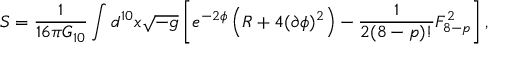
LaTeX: S = \frac { 1 } { 1 6 \pi G _ { 1 0 } } \int d ^ { 1 0 } x \sqrt { - g } \left[ e ^ { - 2 \phi } \left( R + 4 ( \partial \phi ) ^ { 2 } \right) - \frac { 1 } { 2 ( 8 - p ) ! } F _ { 8 - p } ^ { 2 } \right] ,